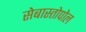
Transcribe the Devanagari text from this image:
सेबास्तोपोल